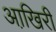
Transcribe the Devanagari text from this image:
आखि़री